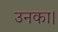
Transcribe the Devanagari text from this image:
उनका।